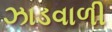
ઝાડવાળી